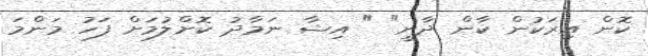
ކޮން އިރަކުން ކާން ދާނީ" " އިޝާ ނަމާދު ކޮށްލުމަށް ފަހު މަންމަ